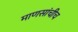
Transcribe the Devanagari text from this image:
माणसांचीच